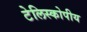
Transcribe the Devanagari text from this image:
टेलिस्कोपीय